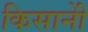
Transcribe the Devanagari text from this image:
किसानोें